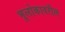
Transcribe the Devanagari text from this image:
भूलोकावरील